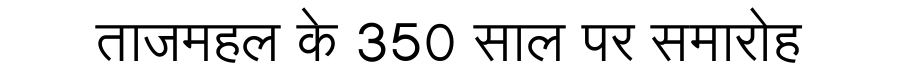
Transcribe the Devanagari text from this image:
ताजमहल के 350 साल पर समारोह